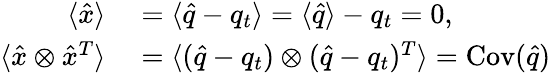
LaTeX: \begin{array}{rl}{\langle\hat{x}\rangle}&{{}=\langle\hat{q}-q_{t}\rangle=\langle\hat{q}\rangle-q_{t}=0,}\\ {\langle\hat{x}\otimes\hat{x}^{T}\rangle}&{{}=\langle(\hat{q}-q_{t})\otimes(\hat{q}-q_{t})^{T}\rangle=\operatorname{Cov}(\hat{q})}\end{array}